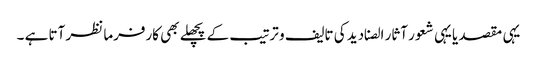
یہی مقصد یا یہی شعور آثار الصنادید کی تالیف و ترتیب کے پچھلے بھی کارفرما نظر آتا ہے ۔